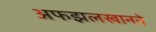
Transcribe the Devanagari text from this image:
अफझलखानने